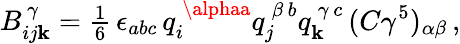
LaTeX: B_{ij\mathbf{k}}^{\, \gamma}={\textstyle\frac{{1}}{{6}}}\, \epsilon_{abc}\, q_{i}^{\, \alphaa}q_{j}^{\, \beta\, b}q_{\mathbf{k}}^{\, \gamma\, c}\, (C\gamma^{5})_{\alpha\beta}\, ,